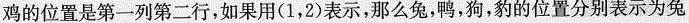
鸡的位置是第一列第二行，如果用(1，2)表示，那么兔，鸭，狗，豹的位置分别表示为兔